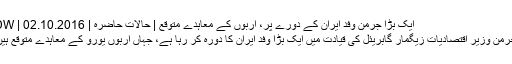
ایک بڑا جرمن وفد ایران کے دورے پر، اربوں کے معاہدے متوقع | حالات حاضرہ | DW | 02.10.2016
جرمن وزیر اقتصادیات زیگمار گابریئل کی قیادت میں ایک بڑا وفد ایران کا دورہ کر رہا ہے، جہاں اربوں یورو کے معاہدے متوقع ہیں۔